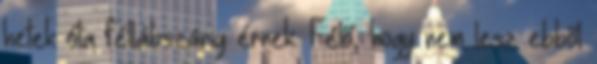
hetek óta féllábszárig érnek. Félő, hogy nem lesz ebből